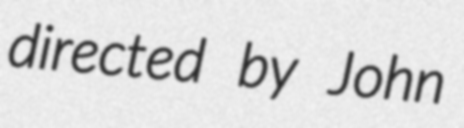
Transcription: directed by John